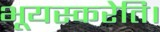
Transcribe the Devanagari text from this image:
भूयस्करेति।